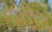
નાહોર